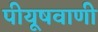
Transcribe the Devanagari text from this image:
पीयूषवाणी